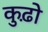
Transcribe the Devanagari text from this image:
कुढ़ो